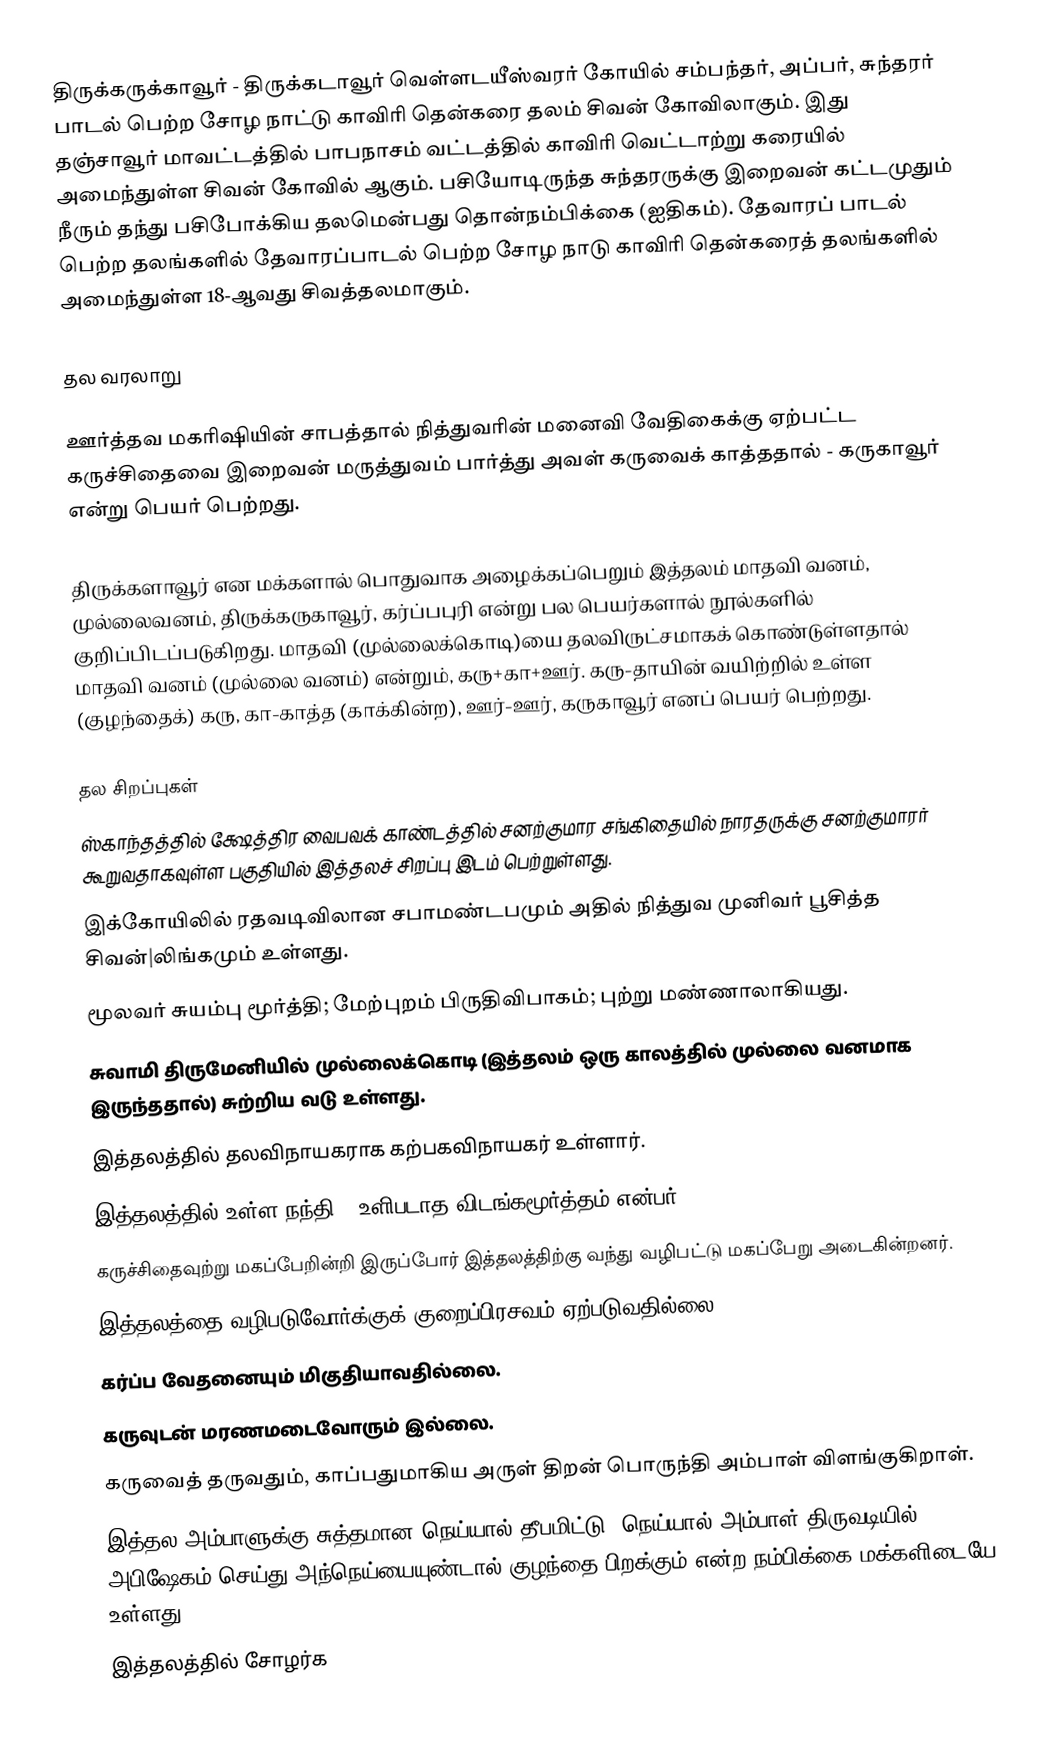
திருக்கருக்காவூர் - திருக்கடாவூர் வெள்ளடயீஸ்வரர் கோயில் சம்பந்தர், அப்பர், சுந்தரர் பாடல் பெற்ற சோழ நாட்டு காவிரி தென்கரை தலம் சிவன் கோவிலாகும். இது தஞ்சாவூர் மாவட்டத்தில்   பாபநாசம் வட்டத்தில் காவிரி வெட்டாற்று கரையில் அமைந்துள்ள சிவன் கோவில் ஆகும். பசியோடிருந்த சுந்தரருக்கு இறைவன் கட்டமுதும் நீரும் தந்து பசிபோக்கிய தலமென்பது தொன்நம்பிக்கை (ஐதிகம்). தேவாரப் பாடல் பெற்ற தலங்களில் தேவாரப்பாடல் பெற்ற சோழ நாடு காவிரி தென்கரைத் தலங்களில் அமைந்துள்ள 18-ஆவது சிவத்தலமாகும்.

தல வரலாறு

ஊர்த்தவ மகரிஷியின் சாபத்தால் நித்துவரின் மனைவி வேதிகைக்கு ஏற்பட்ட கருச்சிதைவை இறைவன் மருத்துவம் பார்த்து அவள் கருவைக் காத்ததால் - கருகாவூர் என்று பெயர் பெற்றது.

திருக்களாவூர் என மக்களால் பொதுவாக அழைக்கப்பெறும் இத்தலம் மாதவி வனம், முல்லைவனம், திருக்கருகாவூர், கர்ப்பபுரி என்று பல பெயர்களால் நூல்களில் குறிப்பிடப்படுகிறது. மாதவி (முல்லைக்கொடி)யை தலவிருட்சமாகக் கொண்டுள்ளதால் மாதவி வனம் (முல்லை வனம்) என்றும், கரு+கா+ஊர். கரு-தாயின் வயிற்றில் உள்ள (குழந்தைக்) கரு, கா-காத்த (காக்கின்ற), ஊர்-ஊர், கருகாவூர் எனப் பெயர் பெற்றது.

தல சிறப்புகள்
ஸ்காந்தத்தில் க்ஷேத்திர வைபவக் காண்டத்தில் சனற்குமார சங்கிதையில் நாரதருக்கு சனற்குமாரர் கூறுவதாகவுள்ள பகுதியில் இத்தலச் சிறப்பு இடம் பெற்றுள்ளது.
இக்கோயிலில் ரதவடிவிலான சபாமண்டபமும் அதில் நித்துவ முனிவர் பூசித்த சிவன்|லிங்கமும் உள்ளது.
மூலவர் சுயம்பு மூர்த்தி; மேற்புறம் பிருதிவிபாகம்; புற்று மண்ணாலாகியது.
சுவாமி திருமேனியில் முல்லைக்கொடி (இத்தலம் ஒரு காலத்தில் முல்லை வனமாக இருந்ததால்) சுற்றிய வடு உள்ளது.
இத்தலத்தில்  தலவிநாயகராக கற்பகவிநாயகர் உள்ளார்.
இத்தலத்தில் உள்ள நந்தி - உளிபடாத விடங்கமூர்த்தம் என்பர்.
கருச்சிதைவுற்று மகப்பேறின்றி இருப்போர் இத்தலத்திற்கு வந்து வழிபட்டு மகப்பேறு அடைகின்றனர்.
இத்தலத்தை வழிபடுவோர்க்குக் குறைப்பிரசவம் ஏற்படுவதில்லை.
கர்ப்ப வேதனையும் மிகுதியாவதில்லை.
கருவுடன் மரணமடைவோரும் இல்லை.
கருவைத் தருவதும், காப்பதுமாகிய அருள் திறன் பொருந்தி அம்பாள் விளங்குகிறாள்.
இத்தல அம்பாளுக்கு சுத்தமான நெய்யால் தீபமிட்டு, நெய்யால் அம்பாள் திருவடியில் அபிஷேகம் செய்து அந்நெய்யையுண்டால் குழந்தை பிறக்கும் என்ற நம்பிக்கை மக்களிடையே உள்ளது.
இத்தலத்தில் சோழர்க